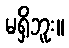
မရှိဘူး။